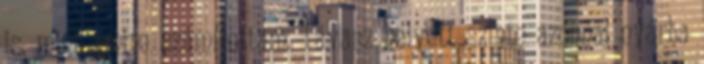
is, mint amire számítottam. Tavasz helyett szinte azonnal nyárba